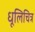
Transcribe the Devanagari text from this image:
धूलिचित्र